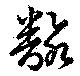
翻